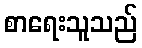
စာရေးသူသည်